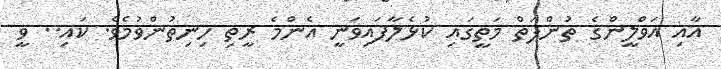
އާއި އަވްލީންގެ ތުންފަތް މަތީގައި ކުޅެލާފައިވަނީ އެންމެ ރީތި ހިނިތުންވުމެވެ. ކައި.. ވީ